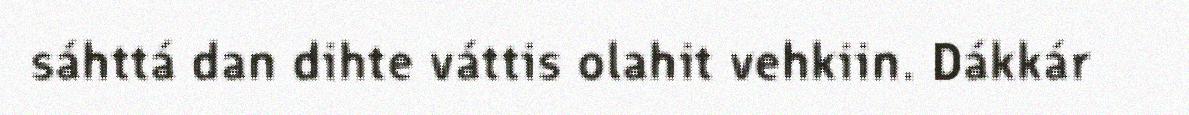
sáhttá dan dihte váttis olahit vehkiin. Dákkár